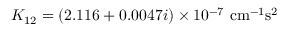
K _ { 1 2 } = ( 2 . 1 1 6 + 0 . 0 0 4 7 i ) \times 1 0 ^ { - 7 } ~ \mathrm { c m ^ { - 1 } s ^ { 2 } }